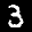
Label: 3